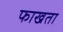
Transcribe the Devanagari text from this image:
फाखता